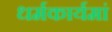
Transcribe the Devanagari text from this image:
धर्मकार्यमां